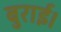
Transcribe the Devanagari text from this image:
बुराई।